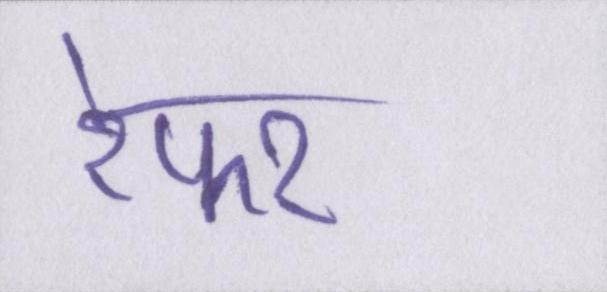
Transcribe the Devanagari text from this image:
रेफर